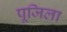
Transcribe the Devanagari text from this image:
पूजिला